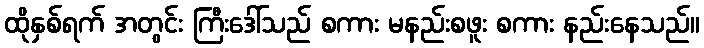
ထိုနှစ်ရက် အတွင်း ကြီးဒေါ်သည် စကား မနည်းစဖူး စကား နည်းနေသည်။